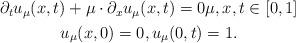
LaTeX: \begin{align*}\begin{gathered}\partial_t u_\mu(x, t) + \mu \cdot \partial_x u_\mu(x, t) = 0 \mu, x, t \in [0, 1]\\u_\mu(x, 0) = 0,u_\mu(0, t) = 1.\end{gathered}\end{align*}